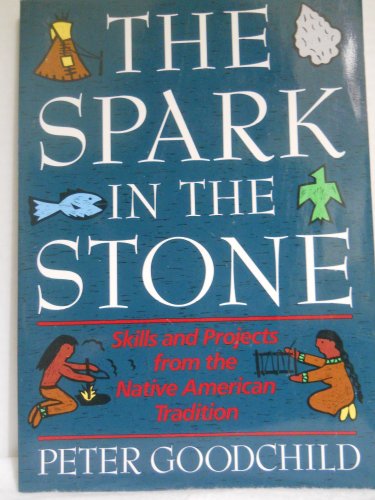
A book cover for The Spark in the Stone: Skills and Projects from the Native American Tradition (Ziggurat Series for Talented Beginners); Peter Goodchild; Teen & Young Adult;